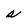
Character: s